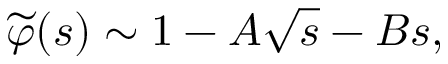
{ \widetilde { \varphi } } ( s ) \sim 1 - A \sqrt { s } - B s ,